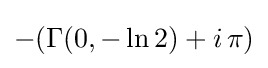
-(\Gamma (0,-\ln 2)+i\,\pi )